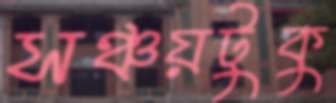
সঞ্চয়টুকু